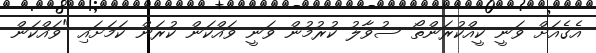
އެގެއަށް ވަނީ ކީއްކުރަންތޯ ސުވާލު ކުރުމުން ވަނީ ވައްކަން ކުރަން ކަމަށައި "ވައްކަން